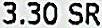
3.30 SR